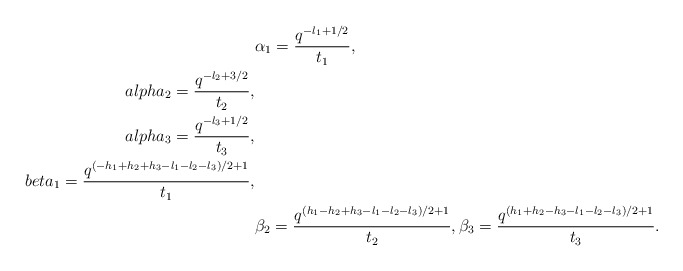
\begin{align*}& \alpha_1 = \frac{q^{- l_1 + 1/2}}{t_1}, \\alpha_2 = \frac{q^{-l_2 +3/2}}{t_2},\\alpha_3 = \frac{q^{- l_3 + 1/2}}{t_3}, \\beta_1 = \frac{q^{ (-h_1+h_2+h_3-l_1-l_2-l_3)/2 +1}}{ t_1}, \\& \beta_2 = \frac{q^{ (h_1-h_2+h_3-l_1-l_2-l_3)/2 +1}}{ t_2}, \beta_3 = \frac{q^{ (h_1+h_2-h_3-l_1-l_2-l_3)/2 +1}}{ t_3} .\end{align*}